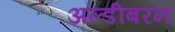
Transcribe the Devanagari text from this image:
अल्डीबरन